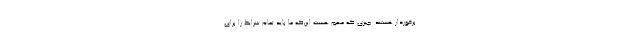
برخوردار هستند. چیزی که مهم هست این‌که ما باید تمام شرایط را برای